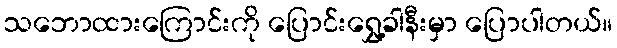
သဘောထားကြောင်းကို ပြောင်းရွှေ့ခါနီးမှာ ပြောပါတယ်။